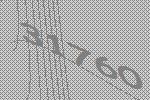
31760